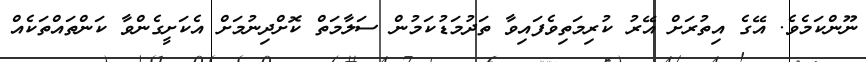
ނޫންކަމެވެ. އޭގެ އިތުރަށް އޭރު ކުރިމަތިވެފައިވާ ތަދުމަޑުކަމުން ސަލާމަތް ކޮށްދިނުމަށް އެކަށީގެންވާ ކަންތައްތަކެއް